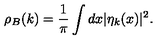
\rho _ { B } ( k ) = \frac { 1 } { \pi } \int d x | \eta _ { k } ( x ) | ^ { 2 } .